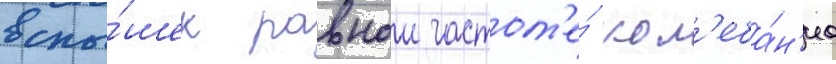
вспы́шек равнои частот'е́ кол'еба́н'иа